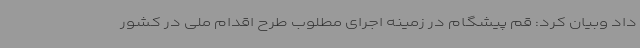
داد وبیان کرد: قم پیشگام در زمینه اجرای مطلوب طرح اقدام ملی در کشور